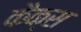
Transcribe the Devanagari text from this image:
कैक्स